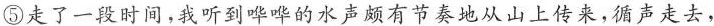
⑤走了一段时间，我听到哗哗的水声颇有节奏地从山上传来，循声走去，